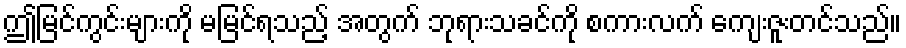
ဤမြင်ကွင်းများကို မမြင်ရသည့် အတွက် ဘုရားသခင်ကို စကားလက် ကျေးဇူးတင်သည်။